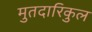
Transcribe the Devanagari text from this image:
मुतदारिकुल